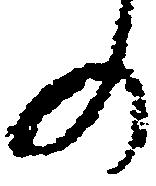
の